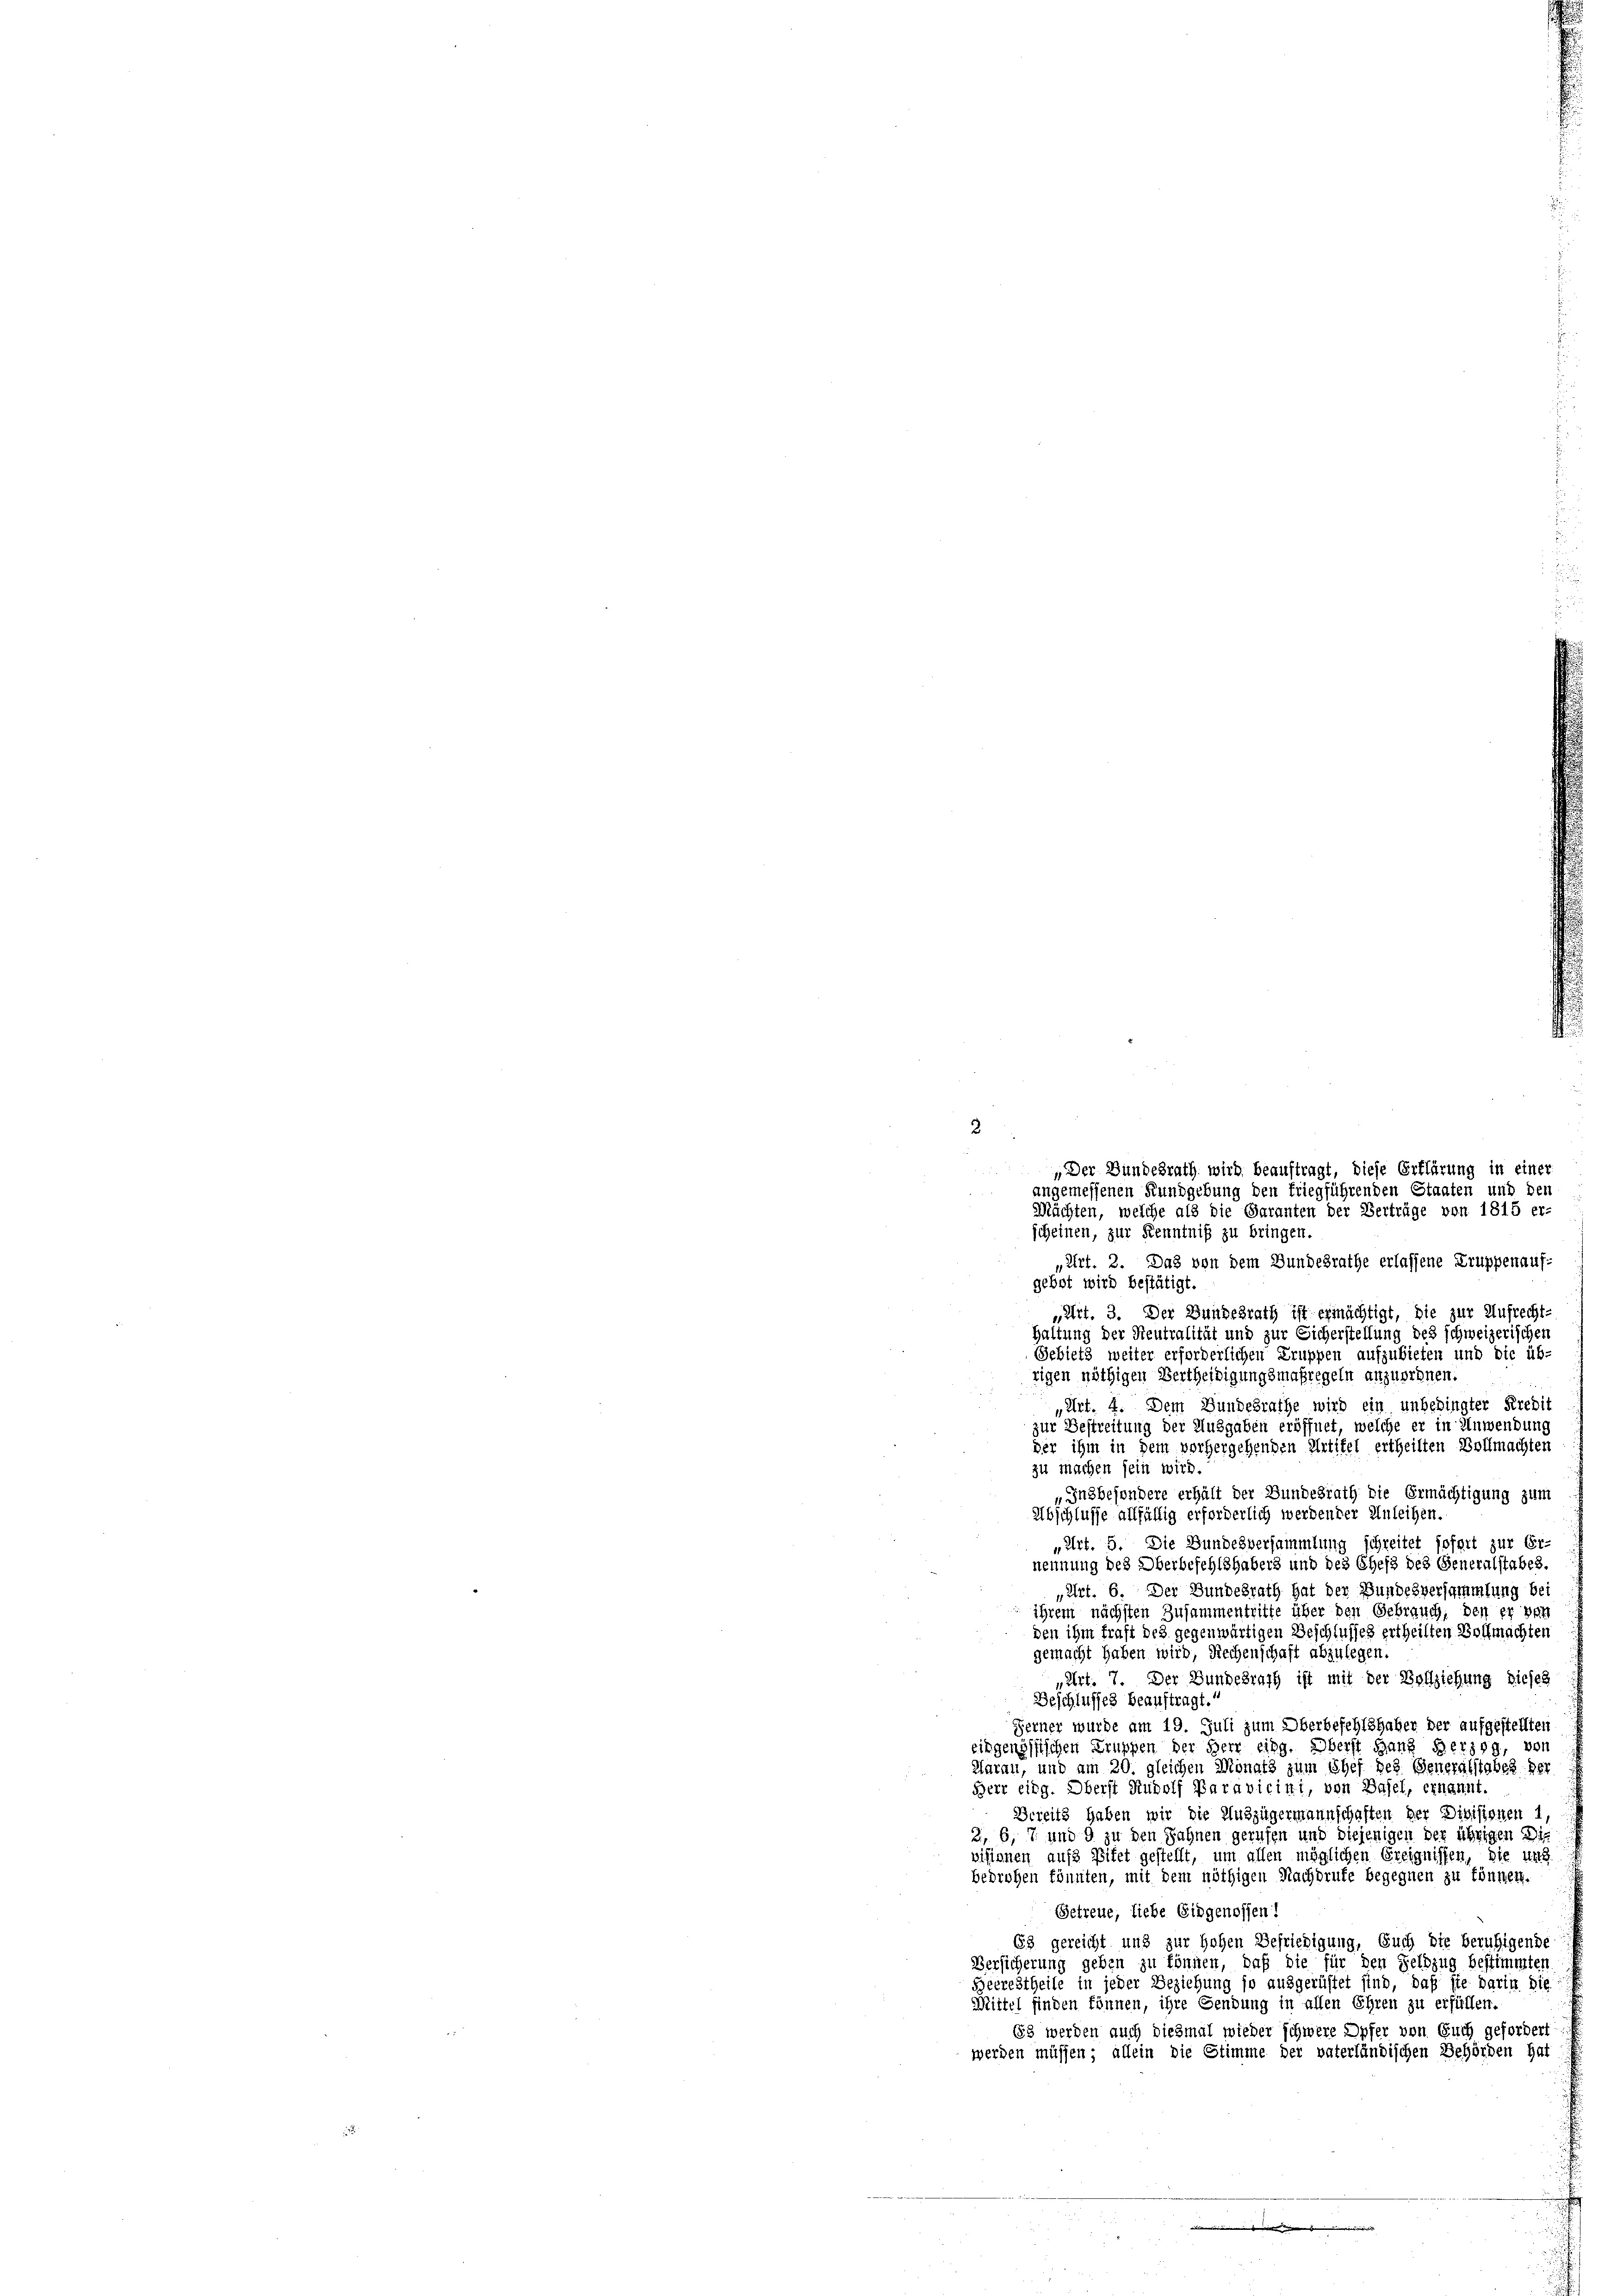
„Art. 2. Das von dem Bundesrathe erlassene Truppenaufgebot wird bestätigt.
„Art. 3. Der Bundesrath ist ermächtigt, die zur Aufrecht-
Haltung der Neutralität und zur Sicherstellung des schweizerischen
Gebiets weiter erforderlichen Truppen aufzubieten und die üb-
rigen nöthigen Vertheiligungsmaßregeln anzuordnen
„Art. 4. Dem Bundesrathe wird ein unbedingter Kredit
zur Bestreitung der Ausgaben eröffnet, welche er in Anwendung
der ihm in dem vorhergehenden Urtitel ertheilten Vollmachten
zu machen sein wird.
„Insbesondere erhält der Bundesrath die Ermächtigung zum
Abschlusse allfällig erforderlich werdender Anleihen.
„Art. 5. Die Bundesversammlung schreitet sofort zur Er-
nennung des Oberbeschlhabers und des Chefs des Generalstabes.
„Art. 6. Der Bundesrath hat der Bundesversammlung bei
ihrem nächsten Zusammentritte über den Gebrauch, den er vor
den ihm traft des gegenwärtigen Beschlusses ertheilten Vollmachten
gemacht haben wird, Rechenschaft abzulegen.
„Art. 7. Der Bundesrath ist mit der Vollziehung dieses
Beschlusses beauftragt.
Ferner wurde am 19. Juli zum Oberbefehlshaber der aufgestellten
eingenössischen Truppen der Herr eing. Oberst ganz Bergg, von
Hurau, und am 20. gleichen Monats zum Chef des Generalstabes der
Herr eidg. Oberst Rudolf Paravicini, von Basel, ernannt.
Bereits haben wir die Auszügermannschaften der Divisionen 1,
2, 6, 7 und 9 zu den Jahnen gerufen und diejenigen der übrigen Dis
visionen auf Bifet gestellt, um allen möglichen Ereignissen, die und
bedrohen könnten, mit dem nöthigen Nachdruke begegnen zu können.
Getreue, liebe Eidgenossen!
63 gereicht und zur Hohen Befriedigung, Euch die beruhigende
Versicherung geben zu können, daß die für den Feldzug bestimmten
Beerestheile in jeder Beziehung so ausgerüstet sind, daß sie darin die
Mittel finden können, ihre Gendung in allen Ehren zu erfüllen.
653 werden auch diesmal wieder schwere Opfer von Euch gefordert
werden müssen; allein die Stimme der vaterländischen Behörden hat

2
„Der Bundesrath wird beauftragt, diese Erklärung in einer
angemessenen Kundgebung den friegführenden Staaten und den
Mächten, welche als die Garanten der Verträge von 1815 er-
scheinen, zur Kenntniß zu bringen.